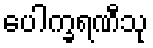
ပေါက္ခရဏီသု